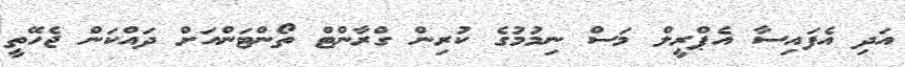
އަދި އެފައިސާ އެޕްރީލް މަސް ނިމުމުގެ ކުރިން ގްރާންޓް ތޯންޓަންއަށް ދައްކަން ޖެހޭތީ